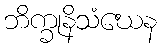
ဘိက္ခုနိသံဃေန